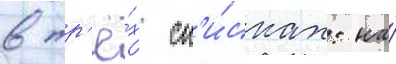
в тр'ё́х сп'и́сках: на́